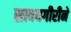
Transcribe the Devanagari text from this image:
सावधगीरीने